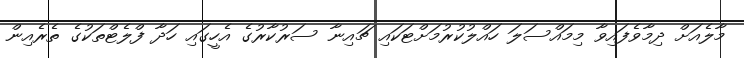
މާލެއަށް ދިމާވެފައިވާ މިމައްސަލަ ހައްލުކުރުމަށްޓަކައި ޗައިނާ ސަރުކާރުގެ އެހީގައި ހަދާ ފްލެޓްތަކުގެ ތެރެއިން